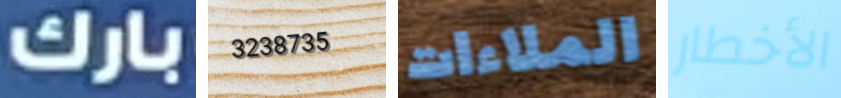
بارك 3238735 الملاءات الأخطار